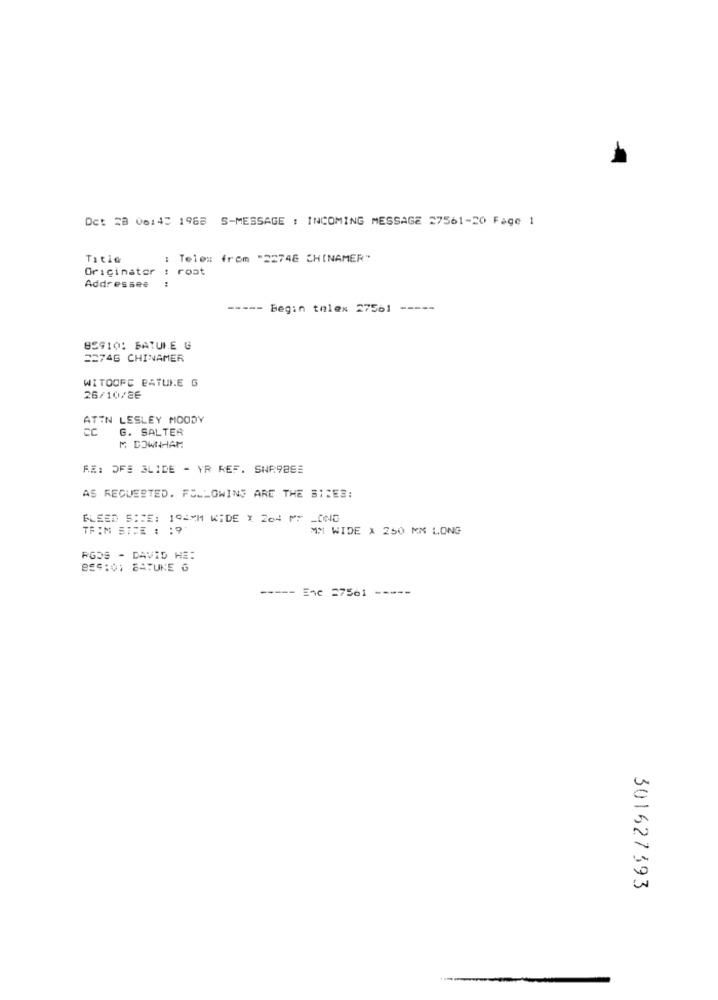
Oct 28 06:43 1968 S-MESSAGE : INCOMING MESSAGE 27561-20 Fage 1
Title
: Telex from "22748 CHINAMER"
Originator : rost
Addressee
---- Begin tolex 27561 -----
859101 BATULE G
22746 CHINAMER
WITOOPC PATUNE G
26/10/86
ATIN LESLEY MOODY
CC
G. SALTER
M DOWNHAM
RE: OFE SLIDE - YR REF. SNR98SE
AS REQUESTED. FOLLOWING ARE THE SITES:
BLEED 5:RE: 194MM WIDE X 264 MM LONG
TRIM SICE : : 9
MM WIDE X 250 MM LONG
RGOS - DAVID HE:
-----
Enc 27561
301627393